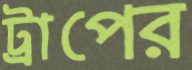
ট্রাপের